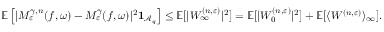
{ \ensuremath { \mathbb E } } \left[ | M _ { \varepsilon } ^ { \gamma , n } ( f , \omega ) - M _ { \varepsilon } ^ { \gamma } ( f , \omega ) | ^ { 2 } \mathbf { 1 } _ { { \ensuremath { \mathcal A } } _ { q } } \right] \le { \ensuremath { \mathbb E } } [ | W _ { \infty } ^ { ( n , \varepsilon ) } | ^ { 2 } ] = { \ensuremath { \mathbb E } } [ | W _ { 0 } ^ { ( n , \varepsilon ) } | ^ { 2 } ] + { \ensuremath { \mathbb E } } [ \langle W ^ { ( n , \varepsilon ) } \rangle _ { \infty } ] .